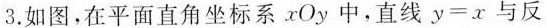
3.如图，在平面直角坐标系xOy中，直线$$y = x$$与反